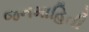
જનમાહિતી